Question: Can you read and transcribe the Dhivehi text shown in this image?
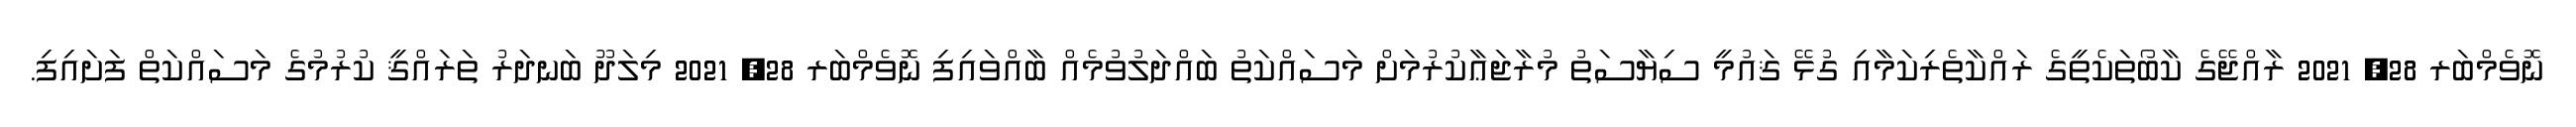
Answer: ނޮވެމްބަރ 28, 2021 ރާއްޖޭގެ ކާބޯތަކެތީގެ ރައްކާތެރިކަމާއި ގުޅޭ ޤައުމީ ސިޔާސަތު މުރާޖަޢާކުރުމަށް މަސައްކަތު ބައްދަލުވުމެއް ބާއްވައިފި ނޮވެމްބަރ 28, 2021 މިލަދޫ ބަނދަރު ތަރައްޤީ ކުރުމުގެ މަސައްކަތް ފަށައިފި.